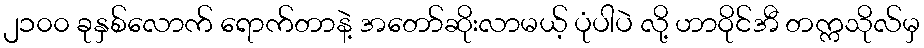
၂၁၀၀ ခုနှစ်လောက် ရောက်တာနဲ့ အတော်ဆိုးလာမယ့် ပုံပါပဲ လို့ ဟာဝိုင်အီ တက္ကသိုလ်မှ